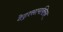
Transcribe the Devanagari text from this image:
टेट्रासायक्लिन